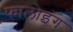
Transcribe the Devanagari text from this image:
फालोइंग